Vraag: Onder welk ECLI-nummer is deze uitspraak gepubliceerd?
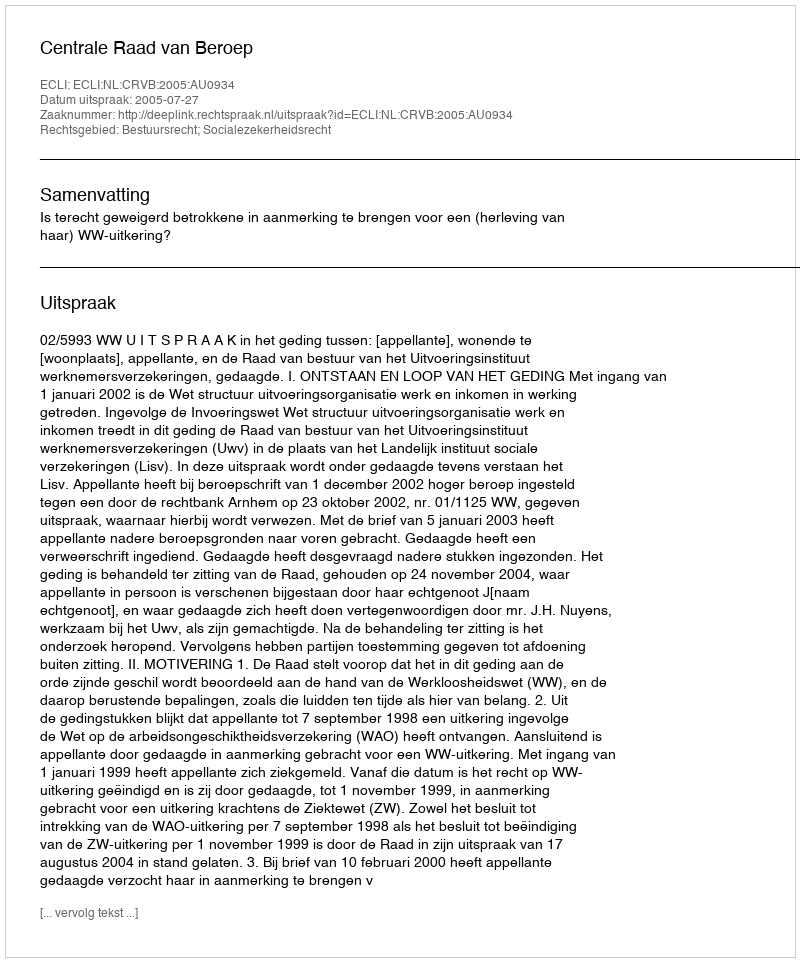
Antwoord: ECLI:NL:CRVB:2005:AU0934